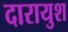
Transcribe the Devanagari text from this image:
दारायुश